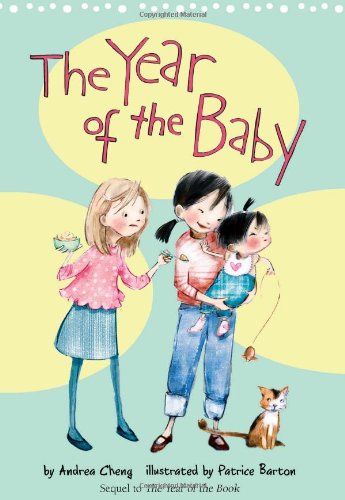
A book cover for The Year of the Baby (An Anna Wang novel); Andrea Cheng; Children's Books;